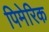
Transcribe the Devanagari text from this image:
पिमेरिक